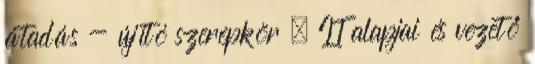
átadás - újító szerepkör  IT alapjai és vezető